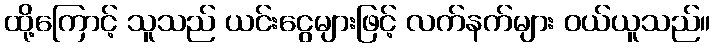
ထို့ကြောင့် သူသည် ယင်းငွေများဖြင့် လက်နက်များ ဝယ်ယူသည်။